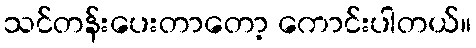
သင်တန်းပေးတာတော့ ကောင်းပါတယ်။